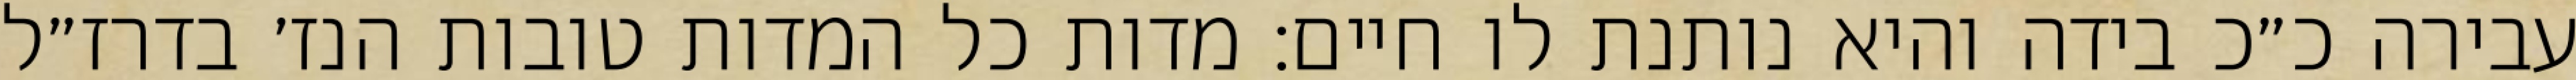
עבירה כ״כ בידה והיא נותנת לו חיים: מדות כל המדות טובות הנז׳ בדרז״ל